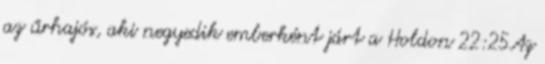
az űrhajós, aki negyedik emberként járt a Holdon 22:25Az